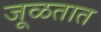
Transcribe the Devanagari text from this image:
जूळतात